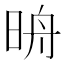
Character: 𣆔